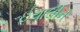
ઈથાલીન